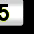
Digit: 5